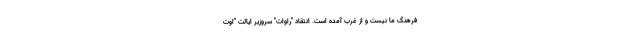
فرهنگ ما نیست و از غرب آمده است. انتقاد "راوات" سروزیر ایالت "اوت